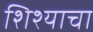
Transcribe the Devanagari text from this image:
शिश्याचा